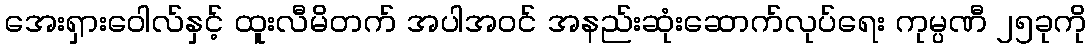
အေးရှားဝေါလ်နှင့် ထူးလီမိတက် အပါအဝင် အနည်းဆုံးဆောက်လုပ်ရေး ကုမ္ပဏီ ၂၅ခုကို